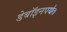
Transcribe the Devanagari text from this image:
डेबॉइनपर्यंत